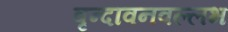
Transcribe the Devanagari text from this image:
वृन्दावनवल्लभ